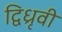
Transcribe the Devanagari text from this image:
द्विध्रृवी